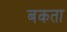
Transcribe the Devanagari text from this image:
बकता